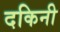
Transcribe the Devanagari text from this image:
दकिनी